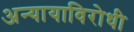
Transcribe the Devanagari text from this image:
अन्यायाविरोधी